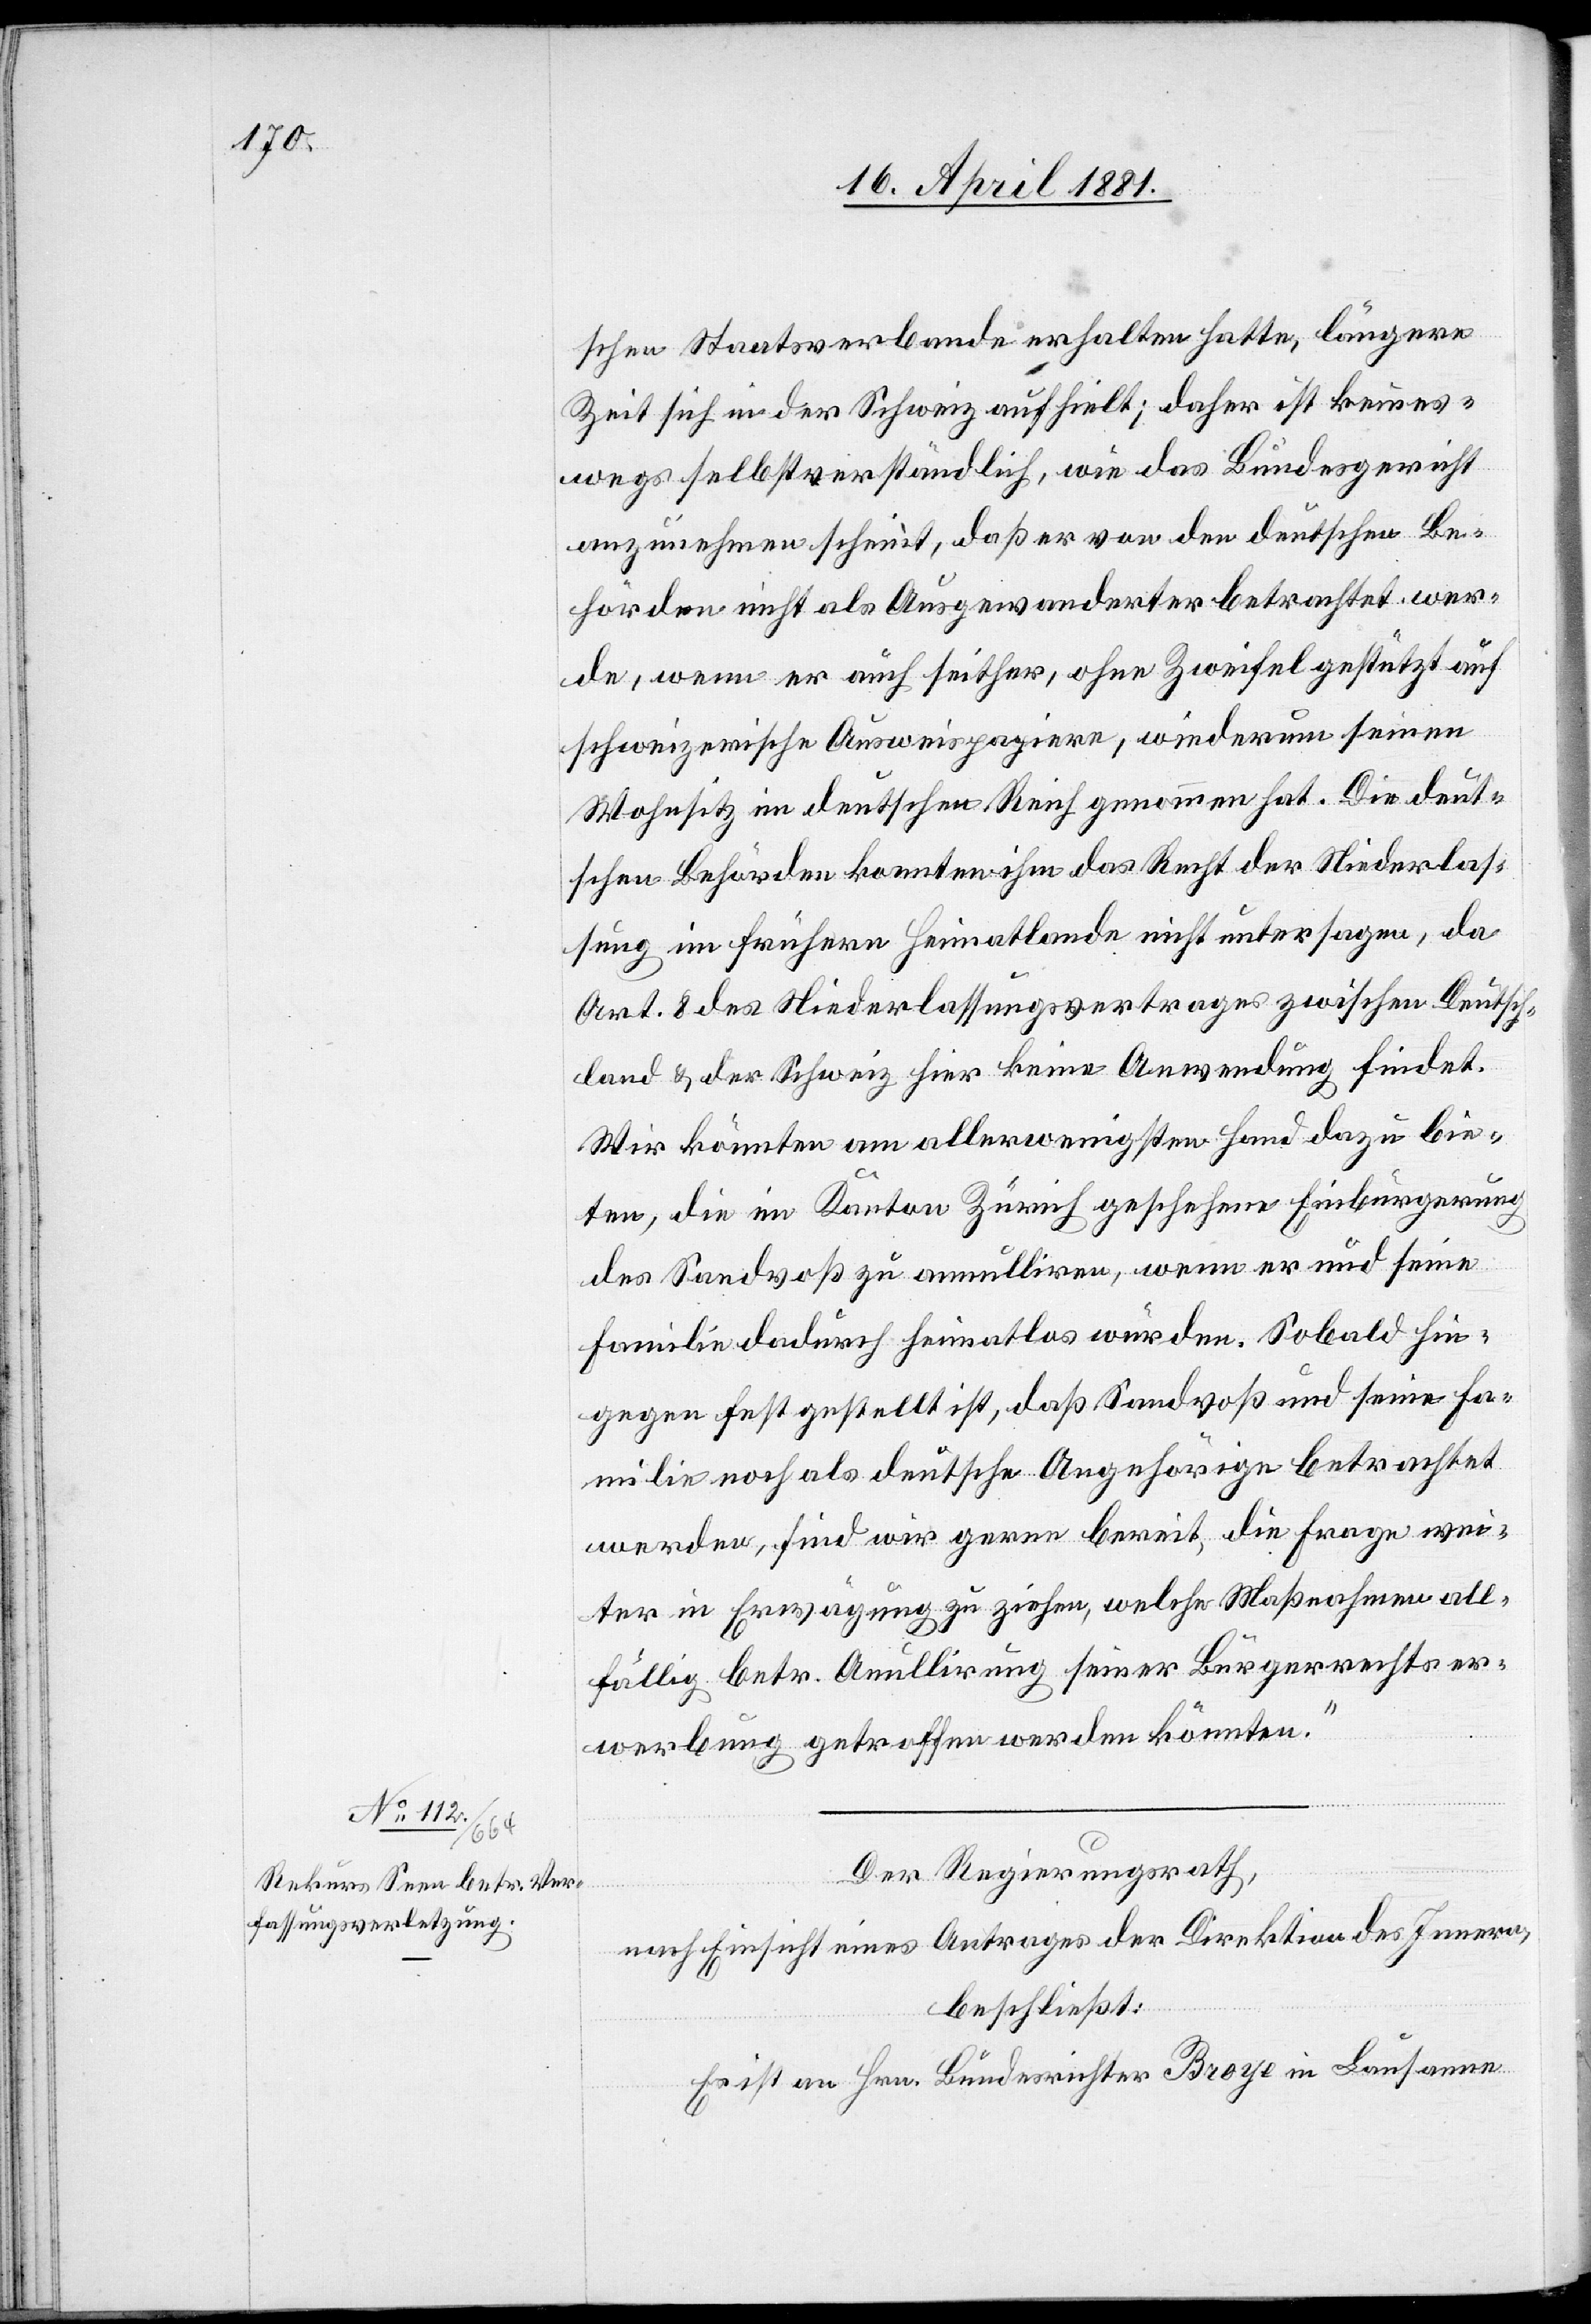
schen Staatsverbande erhalten hatte, längere
Zeit sich in der Schweiz aufhielt; daher ist keines¬
wegs selbstverständlich, wie das Bundesgericht
anzunehmen scheint, daß er von den deutschen Be¬
hörden nicht als Ausgewanderter betrachtet wer¬
de, wenn er auch seither, ohne Zweifel gestützt auf
schweizerische Ausweispapiere, wiederum seinen
Wohnsitz im deutschen Reich genommen hat. Die deut¬
schen Behörden konnten ihm das Recht der Niederlas¬
sung im frühern Heimatland nicht untersagen, da
Art. 8 des Niederlassungsvertrages zwischen Deutsch¬
land & der Schweiz hier keine Anwendung findet.
Wir könnten am allerwenigsten Hand dazu bie¬
ten, die im Kanton Zürich geschehene Einbürgerung
des Sandvoß zu annuliren, wenn er und seine
Familie dadurch heimatlos würden. Sobald hin¬
gegen fest gestellt ist, daß Sandvoß und seine Fa¬
milie noch als deutsche Angehörige betrachtet
werden, sind wir gerne bereit, die Frage wei¬
ter in Erwägung zu ziehen, welche Maßnahmen all¬
fällig betr. Annulirung seiner Bürgerrechtser¬
werbung getroffen werden könnten.“
Der Regierungsrath,
nach Einsicht eines Antrages der Direktion des Innern,
beschließt:
Es ist an Hrn. Bundesrichter Broye in Lausanne